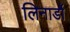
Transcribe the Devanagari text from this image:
लिनार्डो